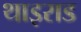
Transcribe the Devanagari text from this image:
थाइराड